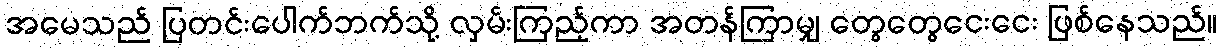
အမေသည် ပြတင်းပေါက်ဘက်သို့ လှမ်းကြည့်ကာ အတန်ကြာမျှ တွေတွေငေးငေး ဖြစ်နေသည်။